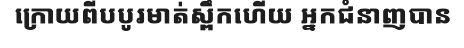
ក្រោយពីបបូរមាត់ស្ពឹកហើយ អ្នកជំនាញបាន